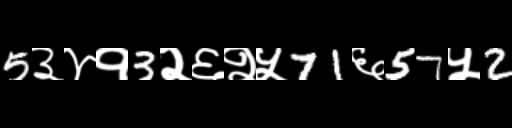
Text: 5३४१3२६२५71६57५2